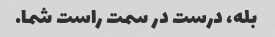
بله، درست در سمت راست شما.